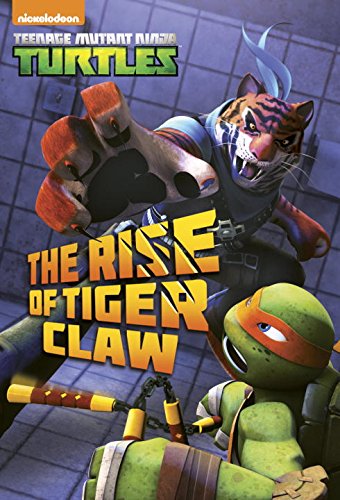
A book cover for The Rise of Tiger Claw (Teenage Mutant Ninja Turtles) (Junior Novel); David Lewman; Children's Books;